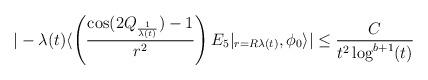
LaTeX: \begin{align*} |-\lambda(t) \langle \left(\frac{\cos(2Q_{\frac{1}{\lambda(t)}})-1}{r^{2}}\right)E_{5}\vert_{r=R\lambda(t)},\phi_{0}\rangle|&\leq \frac{C}{t^{2}\log^{b+1}(t)}\end{align*}